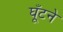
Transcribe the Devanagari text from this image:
घूँटने